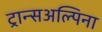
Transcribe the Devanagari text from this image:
ट्रान्सअल्पिना